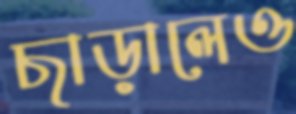
ছাড়ালেও